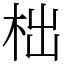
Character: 柮